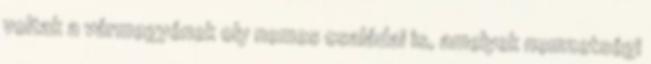
voltak a vármegyének oly nemes családai is, amelyek nemzetségi